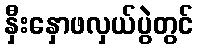
နှီးနှောဖလှယ်ပွဲတွင်